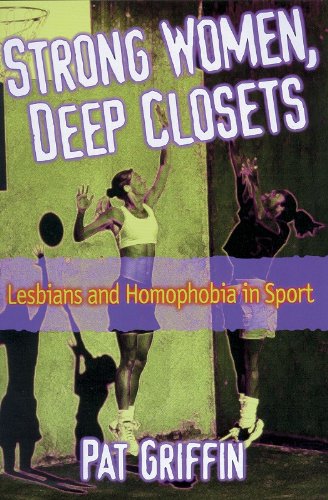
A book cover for Strong Women, Deep Closets: Lesbians and Homophobia in Sport; Pat Griffin; Sports & Outdoors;